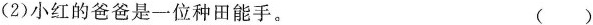
(2)小红的爸爸是一位种田能手。( )